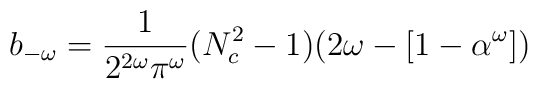
b_{-\omega}=\frac{1}{2^{2\omega}\pi^{\omega}}(N^{2}_{c}-1)(2\omega-[1-\alpha^{\omega}])